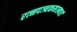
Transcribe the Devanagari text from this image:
रत्‍नपञ्चकमाख्यातं